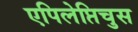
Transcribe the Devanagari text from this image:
एपिलेप्तिचुस